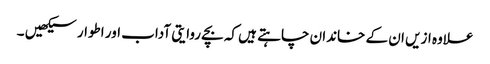
علاوہ ازیں ان کے خاندان چاہتے ہیں کہ بچے روایتی آداب اور اطوار سیکھیں ۔